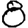
Digit: 8